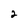
Character: 2